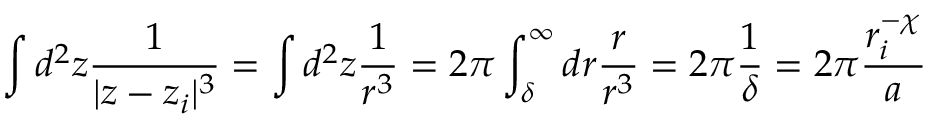
\int d ^ { 2 } z \frac { 1 } { | z - z _ { i } | ^ { 3 } } = \int d ^ { 2 } z \frac { 1 } { r ^ { 3 } } = 2 \pi \int _ { \delta } ^ { \infty } d r \frac { r } { r ^ { 3 } } = 2 \pi \frac { 1 } { \delta } = 2 \pi \frac { r _ { i } ^ { - \chi } } { a }